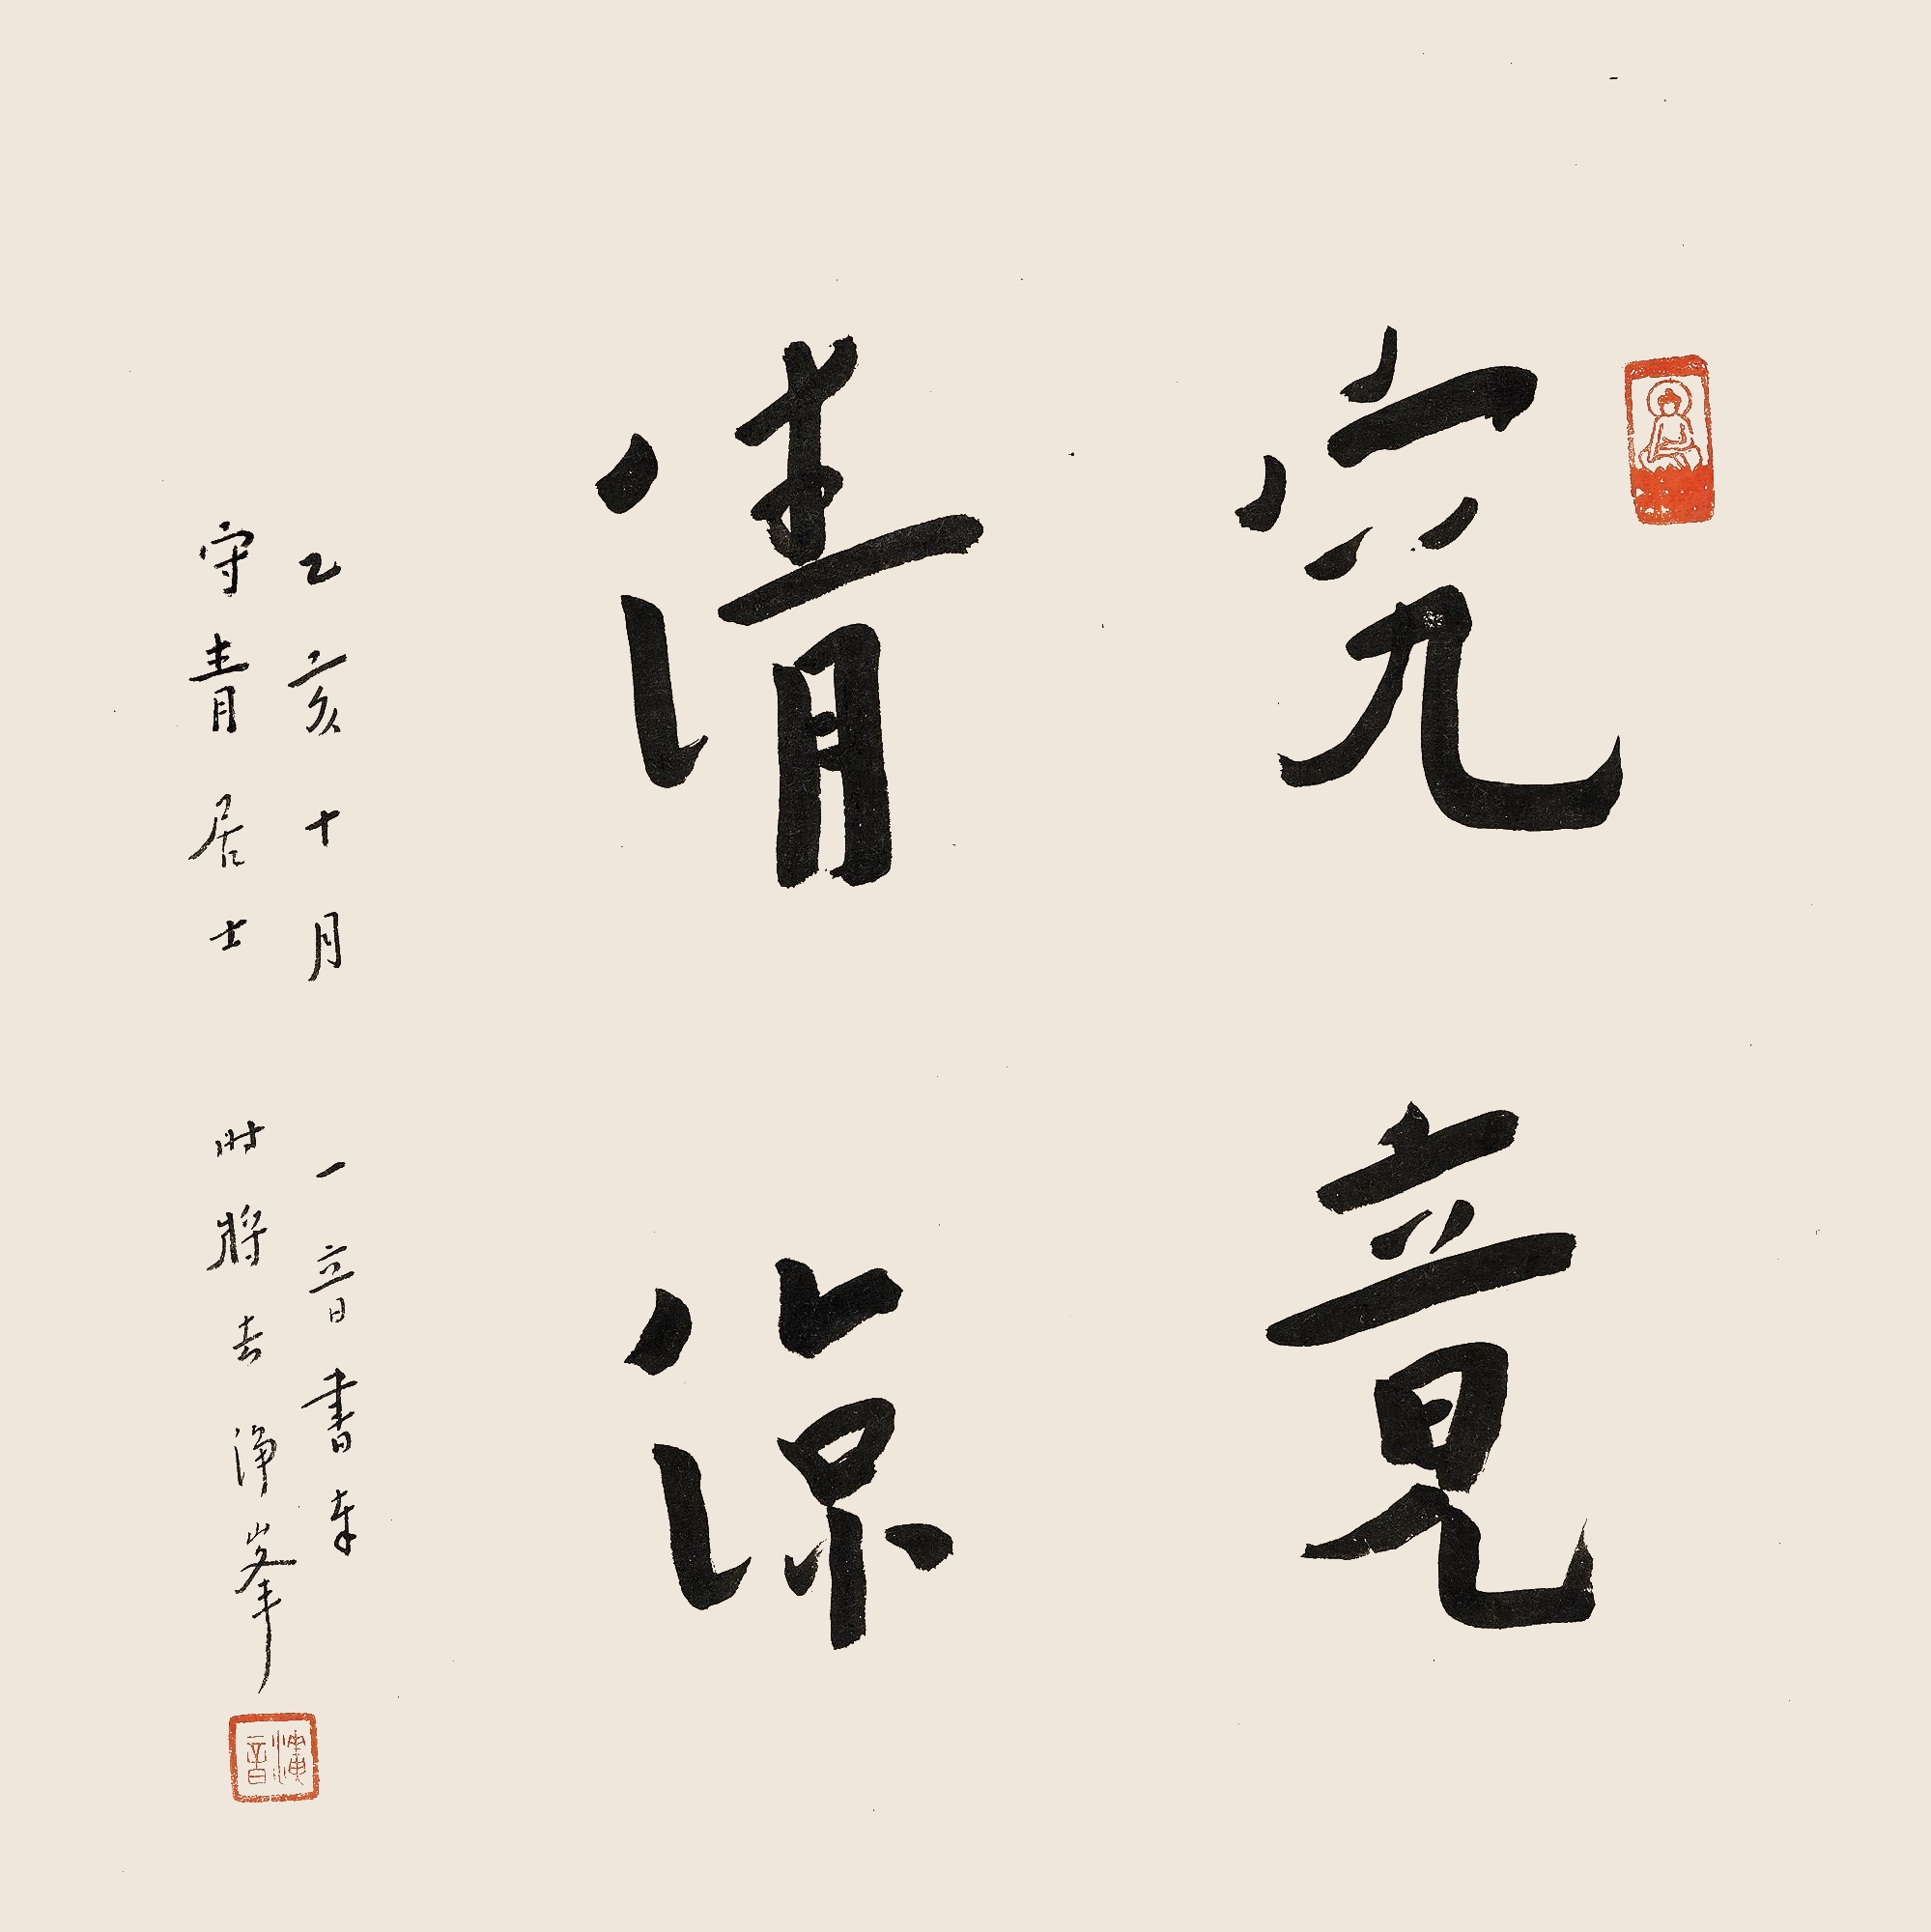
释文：究竟清凉乙亥十月，一音书奉，守青居士，时将去净峰。